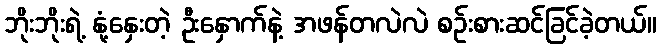
ဘိုးဘိုးရဲ့ နုံ့နှေးတဲ့ ဦးနှောက်နဲ့ အဖန်တလဲလဲ စဉ်းစားဆင်ခြင်ခဲ့တယ်။